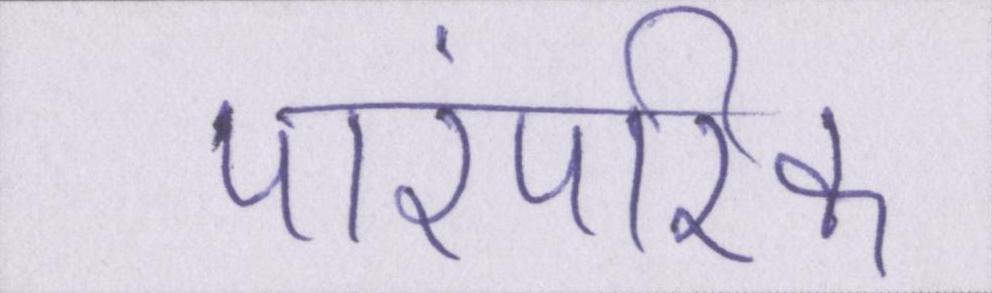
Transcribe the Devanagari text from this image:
पारंपरिक